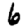
Digit: 6